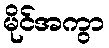
မိုင်အကွာ